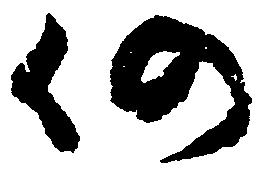
仍